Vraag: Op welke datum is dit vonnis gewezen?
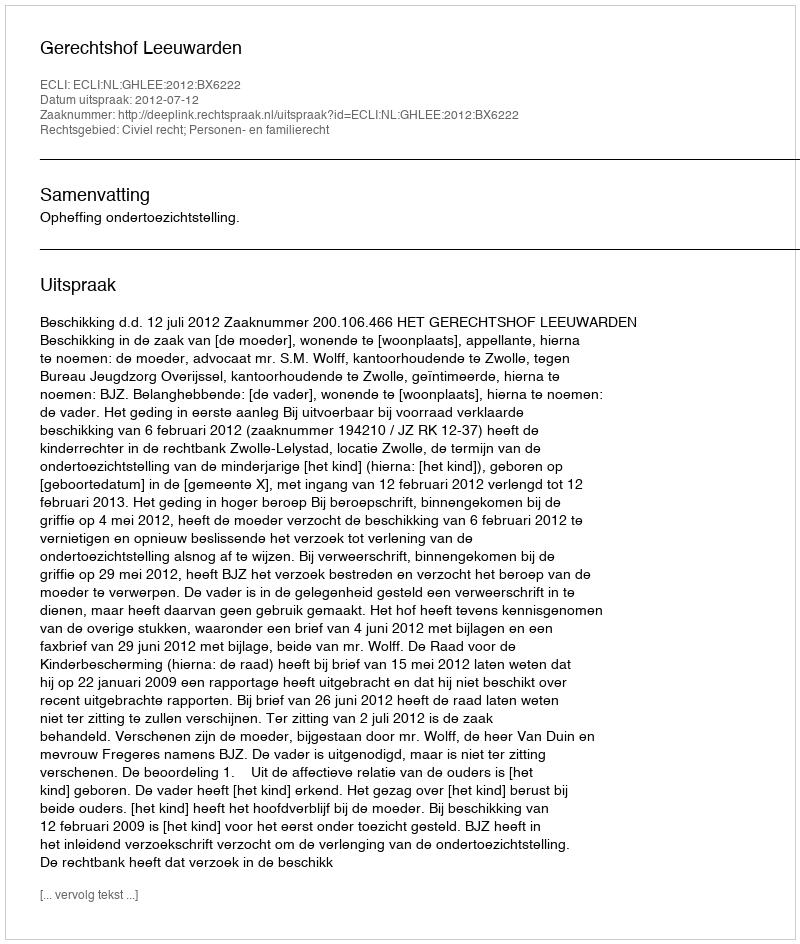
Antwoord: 2012-07-12